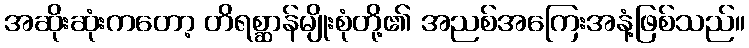
အဆိုးဆုံးကတော့ တိရစ္ဆာန်မျိုးစုံတို့၏ အညစ်အကြေးအနံ့ဖြစ်သည်။